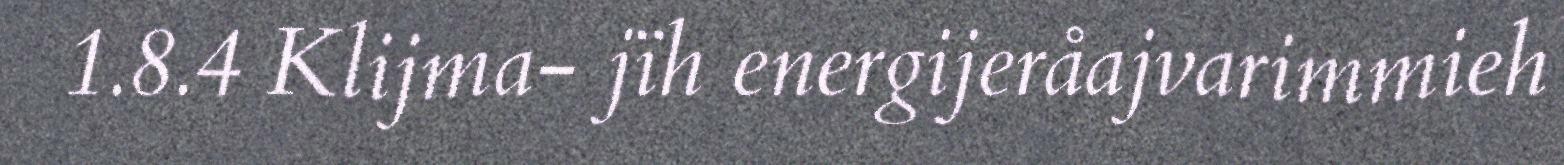
1.8.4 Klijma- jïh energijeråajvarimmieh